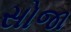
સોજા